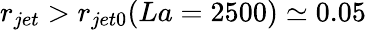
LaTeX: r_{jet}>r_{jet0}(La=2500)\simeq 0.05